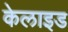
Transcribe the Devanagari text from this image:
केलाइड